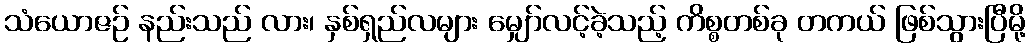
သံယောဇဉ် နည်းသည် လား၊ နှစ်ရှည်လများ မျှော်လင့်ခဲ့သည့် ကိစ္စတစ်ခု တကယ် ဖြစ်သွားပြီမို့